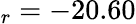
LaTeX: _{r}=-20.60